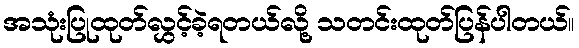
အသုံးပြုထုတ်လွှင့်ခဲ့ရတယ်လို့ သတင်းထုတ်ပြန်ပါတယ်။